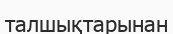
талшықтарынан